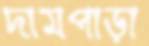
দামপাড়া